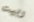
ربيت